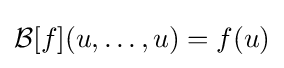
{\mathcal {B}}[f](u,\dots ,u)=f(u)